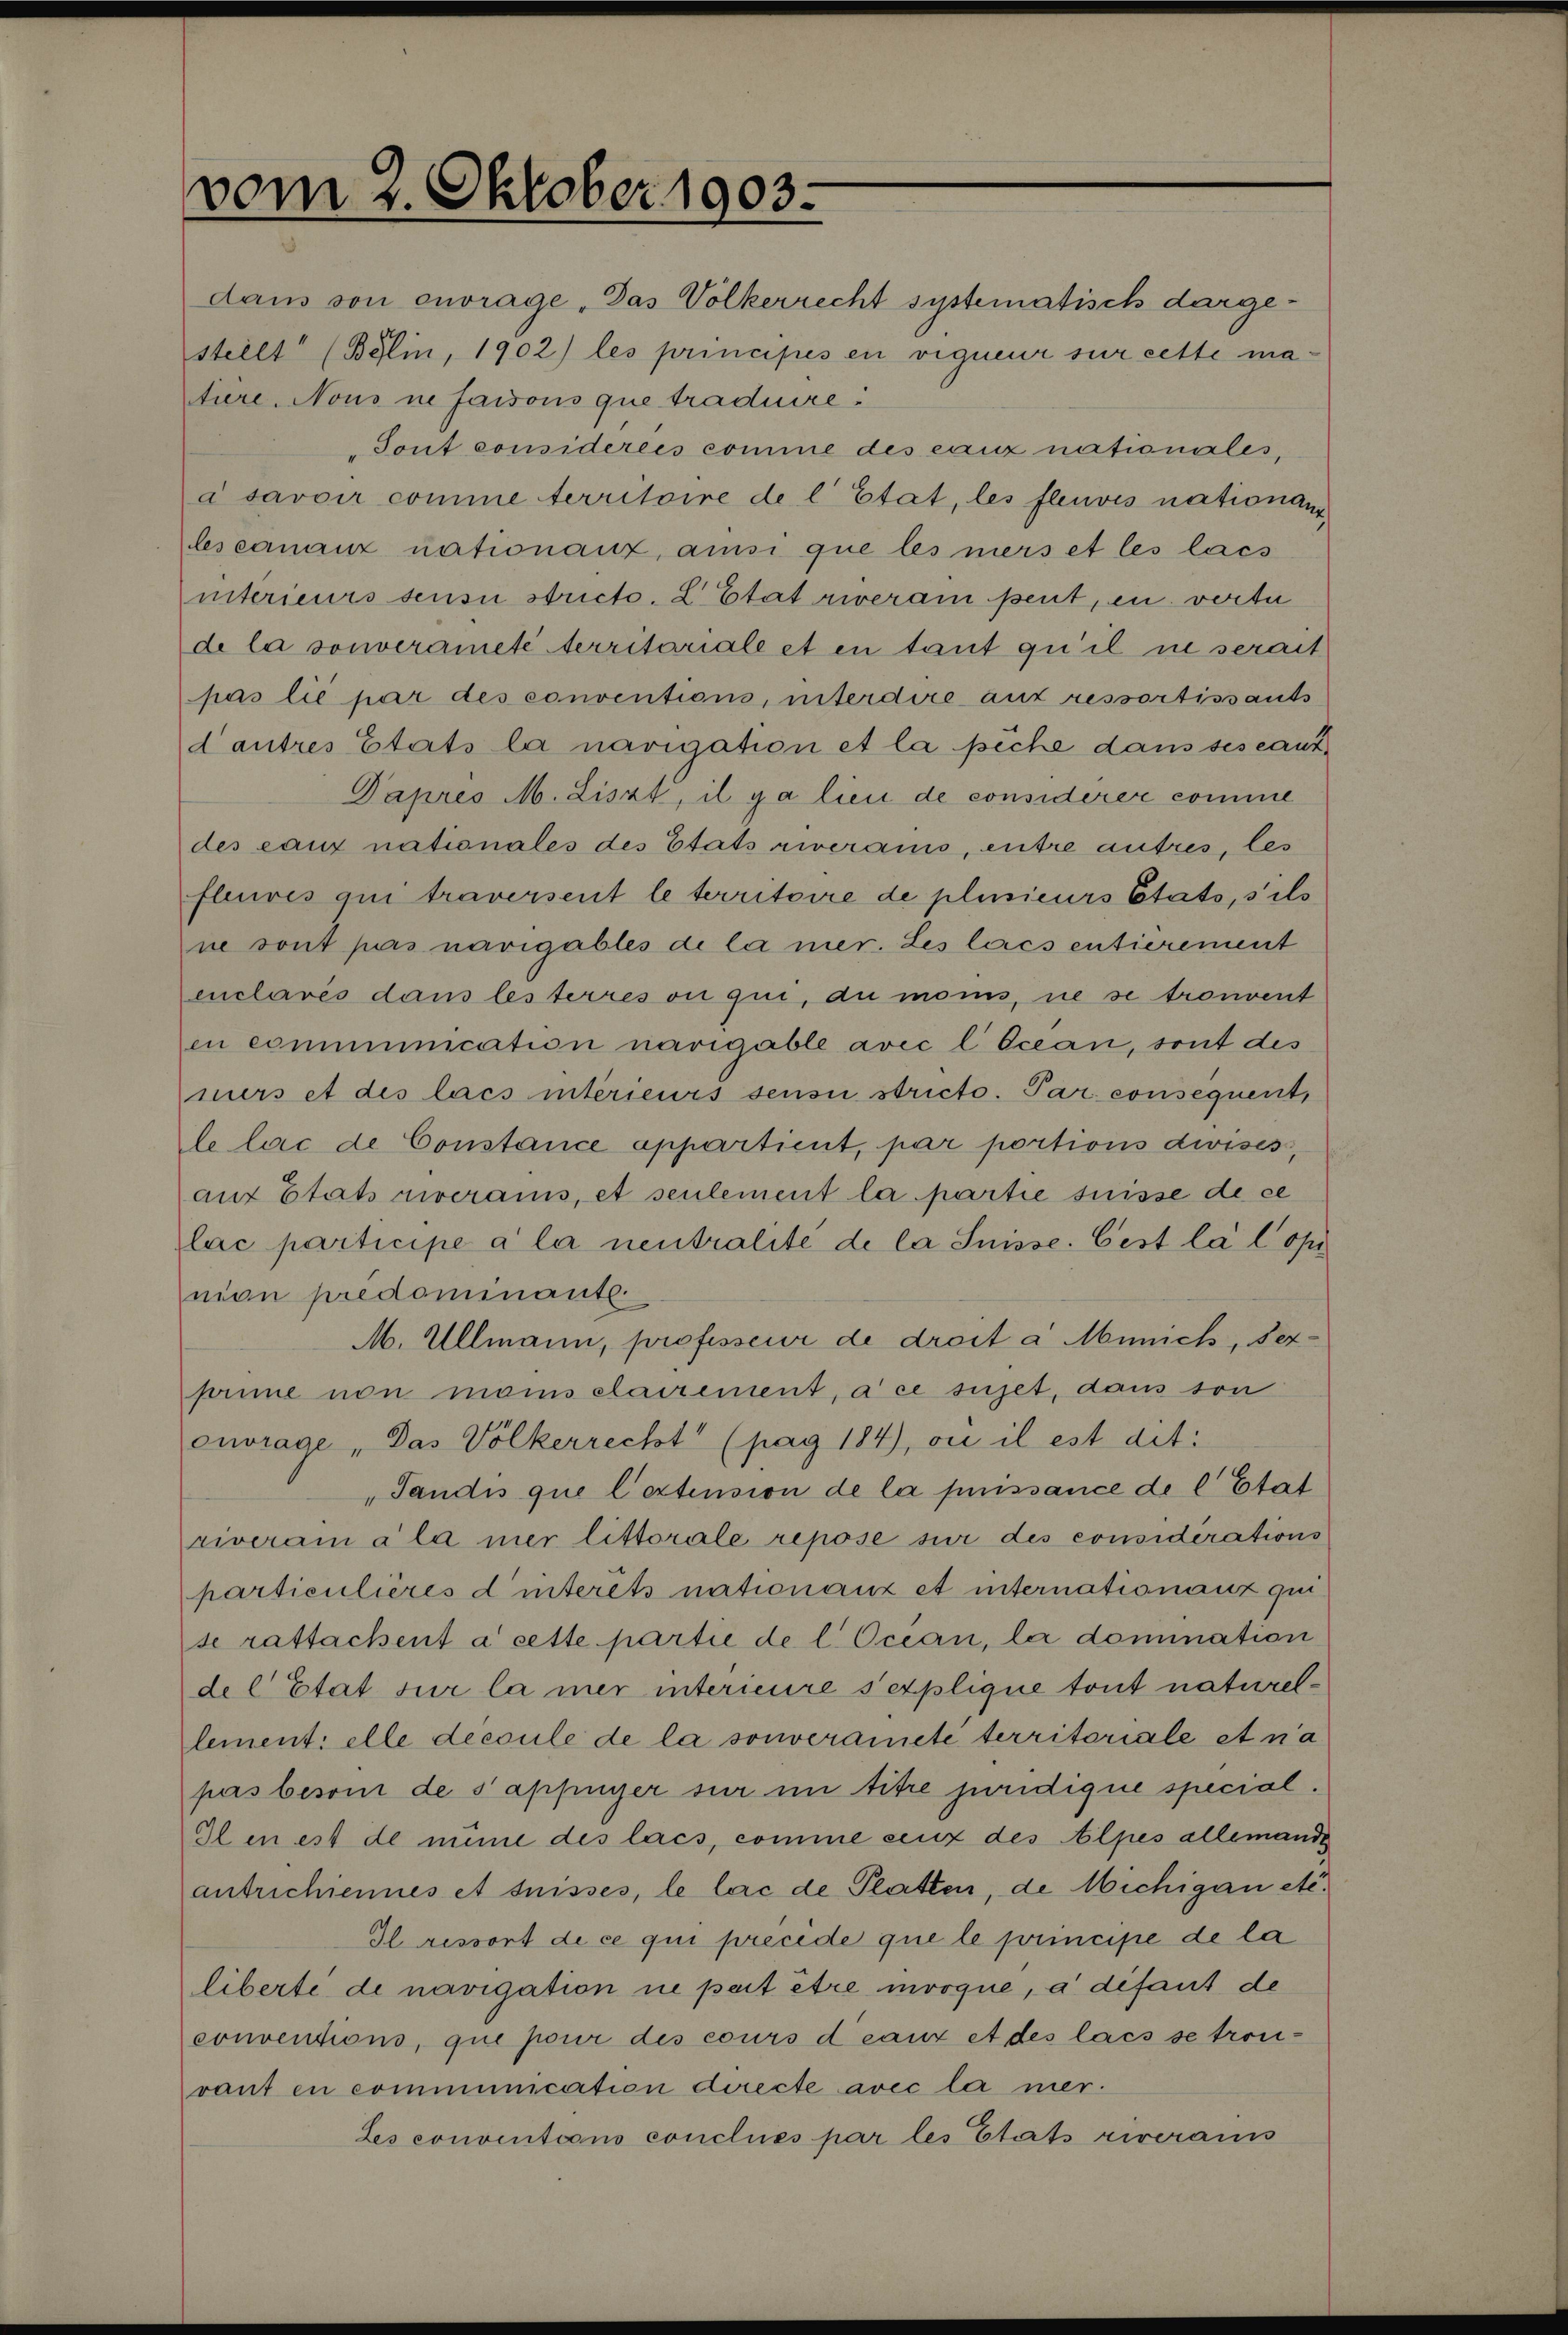
vom 2. Oktober 1903.

dans von entrage „Das Völkerrecht systematisch dargesteilt (Bálin, 1902) les principés en vigneur sur cette matiere. Nous ne faisons que traduire
Tout considérées comme des cauz nationales,
à savoir comme territoire de l’Etat, les fleuves nationanz
lescananz nationanz, ansi que les mers et les lass
intérieurs sensu strict. L Etat riverain peut, in verte
de la souveraneté territariale et en tant qu’il ne serait
pas lié par des conventions, unterdire auf ressortissants
dautres Etats la navigation et la piche dans ses caut
Dapres M. Liszt, il ga lieu de considerer comme
des eaux nationales des Etats riveraus, entre autres, les
fleres qui traversent le territoire de plusieurs Etats, s’ils
ne sont pas navigables de la mer. Les lais entierement
enclarés dans les terres ou qui, du monis, ne se trouvent
in communication navigable avec l Ocean, sont des
nirs et des lacs intérieurs sensi stricto. Par consequent,
le lac de Constance appartient, par portions divises,
auf Etats riveraus, et seulement la partie suisse de ce
lac participe a la neutralite de la Suisse. Cest la Copi
mian prédominants.
M. Ullmann, professeur de droit a Munich, Verprime non monis elacrement, à ce sujet, dans son
euvrage „Das Völkerrecht" (pag 184), ou il est dit:
"Tandis que l’extension de la puissance de l Etat
riverain à la mer littorale repose sur des considérations
particulières d’interets nationanz et internationauz qui
se rattackent à cette partie de l Ocean, le domination
del Etat sur la mer interieure sexplique tout naturellement: elle découle de la souveraneté territoriale et na
pas besoin de sappinger sur im titre juridique special
Il en est de même des lacs, comme senz des Alpes allemande
antrichiennes et suisses, le lac de Platten, de Michigan etc.
Il ressort de ce qui precede que le principe de la
liberte de navigation ne peut être mooque, à défaut de
conventions, que pour des cours deaux et des lass se tron-
rant en communication directe avec la mer-
Les conventions concluss par les Etats riverans